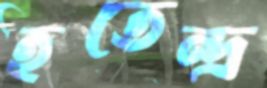
হতেন্দ্র